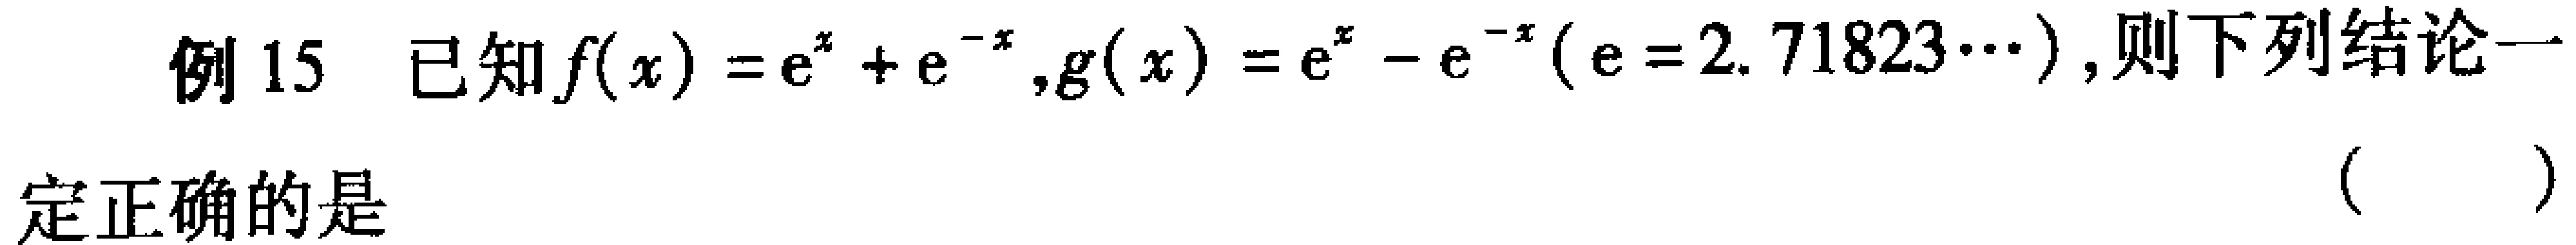
例 15 已知\(f(x)=e^{x}+e^{-x},g(x)=e^{x}-e^{-x}(e = 2.71823\cdots)\)，则下列结论一
定正确的是 （  ）